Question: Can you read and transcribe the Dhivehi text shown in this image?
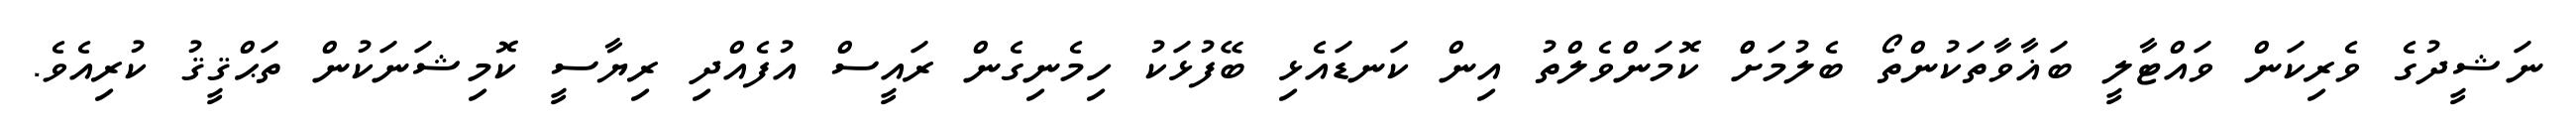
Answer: ނަޝީދުގެ ވެރިކަން ވައްޓާލީ ބަޣާވާތަކުންތޯ ބެލުމަށްް ކޮމަންވެލްތު އިން ކަނޑައެޅި ބޭފުޅަކު ހިމެނިގެން ރައީސް އުފެއްދި ރިޔާސީ ކޮމިޝަނަކުން ތަޙްޤީޤު ކުރިއެވެ.